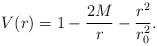
LaTeX: \begin{align*}V(r) = 1 - \frac{2M}{r} - \frac{r^2}{r_0^2}.\end{align*}